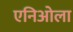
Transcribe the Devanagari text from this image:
एनिओला